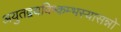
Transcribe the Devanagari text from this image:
अयुतद्वयविष्कम्भस्यासन्नो